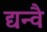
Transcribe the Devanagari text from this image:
द्यन्वै